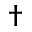
\dagger